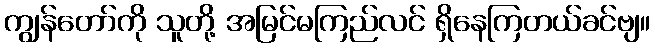
ကျွန်တော်ကို သူတို့ အမြင်မကြည်လင် ရှိနေကြတယ်ခင်ဗျ။